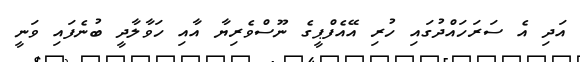
އަދި އެ ސަރަހައްދުގައި ހުރި އޭއެފްޕީގެ ނޫސްވެރިޔާ އާއި ހަވާލާދީ ބުނެފައި ވަނީ